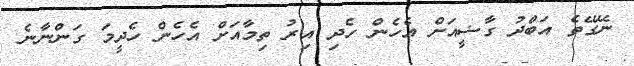
ނޭގޭތެ އަބްދު ގާޟީއަށް އެހެން ހެދި އިރު ތިމާއަށް އެހެން ހެދީމަ ގަންނާނެ